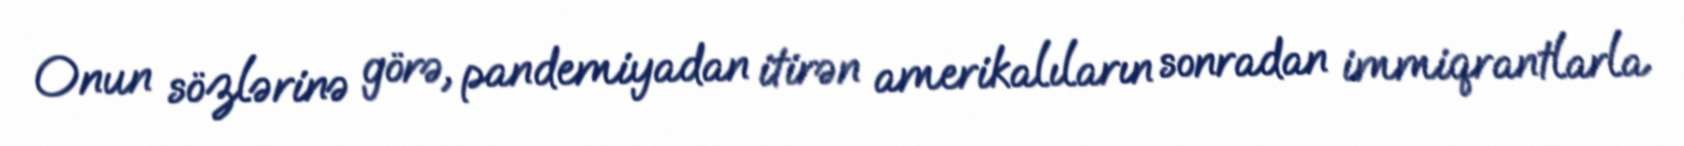
Onun sözlərinə görə, pandemiyadan itirən amerikalıların sonradan immiqrantlarla